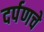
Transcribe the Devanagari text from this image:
दर्पणचे